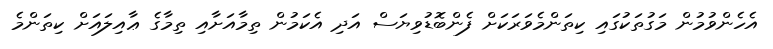
އެހެންވުމުން މަގުތަކުގައި ކިތަންމެވަރަކަށް ފެންބޮޑުވިޔަސް އަދި އެކަމުން ތިމާއަށާއި ތިމާގެ ޢާއިލައަށް ކިތަންމެ